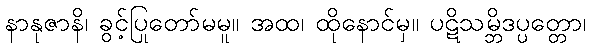
နာနုဇာနိ၊ ခွင့်ပြုတော်မမူ။ အထ၊ ထိုနောင်မှ။ ပဋိသမ္ဘိဒပ္ပတ္တော၊